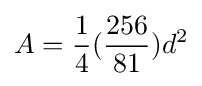
A={\frac {1}{4}}({\frac {256}{81}})d^{2}